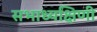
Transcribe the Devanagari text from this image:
सभाध्यक्षिणी